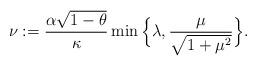
LaTeX: \begin{align*}\nu:=\frac{\alpha\sqrt{1 -\theta}}{\kappa}\min\Big\{\lambda, \frac{\mu}{\sqrt{1 +\mu^2}}\Big\}.\end{align*}